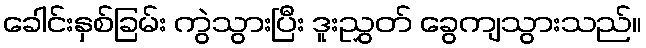
ခေါင်းနှစ်ခြမ်း ကွဲသွားပြီး ဒူးညွှတ် ခွေကျသွားသည်။